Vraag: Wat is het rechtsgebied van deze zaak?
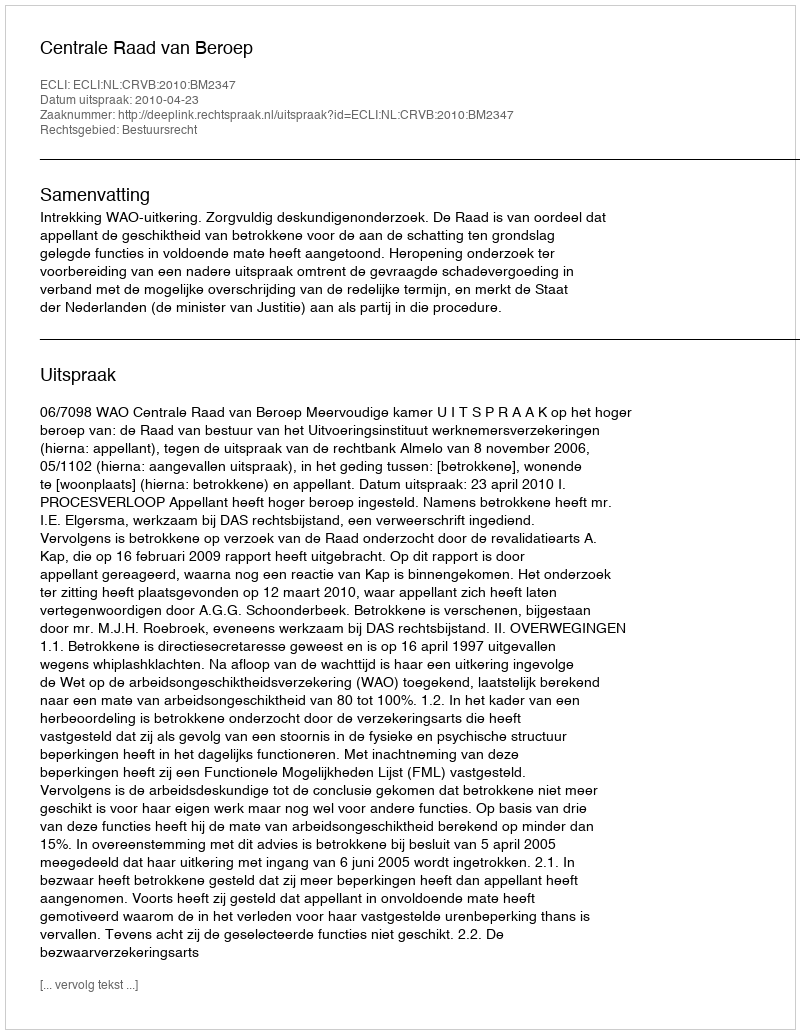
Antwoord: Bestuursrecht